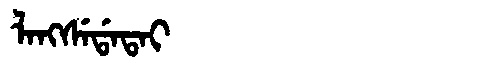
Manchu: ᠯᠠᠩᠰᡝᡩᠠᡨᠠᡳ
Romanization: LANGSEDATAI